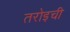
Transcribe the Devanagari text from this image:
तरोइची